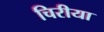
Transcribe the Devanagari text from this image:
चिरीया